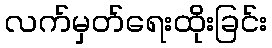
လက်မှတ်ရေးထိုးခြင်း